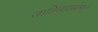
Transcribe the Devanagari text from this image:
जातिव्यवस्थेमधून